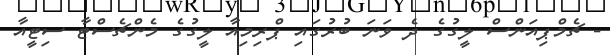
- ޗެމްޕިއަންސް ލީގުގެ ދެ ވަނަ ބުރުގައި ޕްރިމިއާ ލީގުގެ މެންޗެސްޓާ ސިޓީއާ